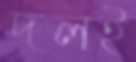
দলই